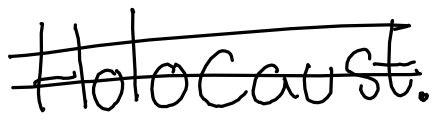
Text: Holocaust.
Cross-out: double-line
Writing tool: digital_black